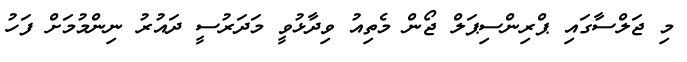
މި ޖަލްސާގައި ޕްރިންސިޕަލް ޖޯން މެތިއު ވިދާޅުވީ މަދަރުސީ ދައުރު ނިންމުމަށް ފަހު